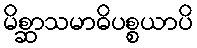
မိစ္ဆာသမာဓိပစ္စယာပိ